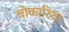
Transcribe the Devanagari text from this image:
बोकारिया